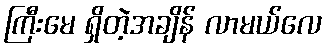
ကြီးမေ ရှိတဲ့အချိန် လာမယ်လေ